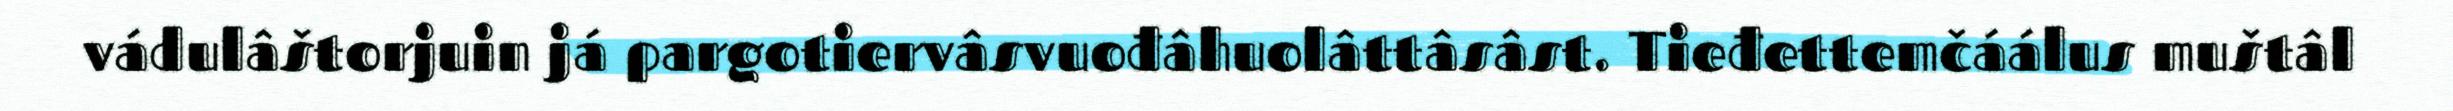
vádulâštorjuin já pargotiervâsvuođâhuolâttâsâst. Tieđettemčáálus muštâl